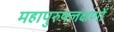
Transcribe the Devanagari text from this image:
महापुरुषलक्षणों